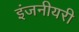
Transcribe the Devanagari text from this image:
इंजनीयरी